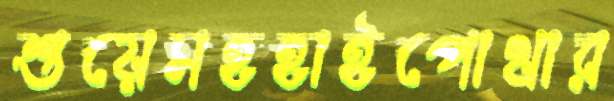
শুয়েসহহাইপোথার